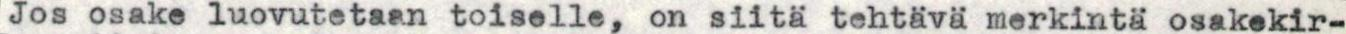
Jos osake luovutetaan toiselle, on siitä tehtävä merkintä osakekir-